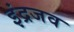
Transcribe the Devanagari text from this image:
इंद्रजव